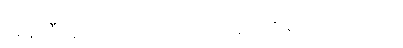
အန်တီလူးက ဘာထပ်ပြောသည်ကို မကြားလိုက်ရ။